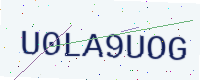
Text: U0LA9UOG